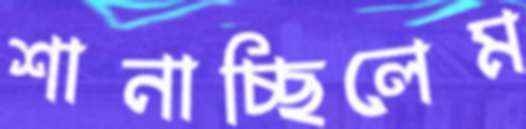
শানাচ্ছিলেম